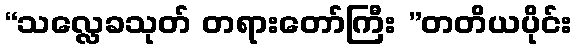
“သလ္လေခသုတ် တရားတော်ကြီး ”တတိယပိုင်း